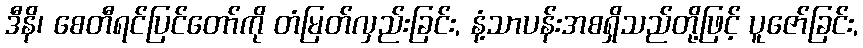
ဒီနိ၊ စေတီရင်ပြင်တော်ကို တံမြတ်လှည်းခြင်း, နံ့သာပန်းအစရှိသည်တို့ဖြင့် ပူဇော်ခြင်း,